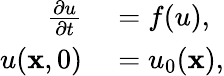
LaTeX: \begin{array}{rl}{\frac{\partial u}{\partial t}}&{{}=f(u),}\\ {u(\mathbf{x},0)}&{{}=u_{0}(\mathbf{x}),}\end{array}